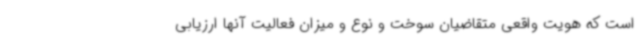
است که هویت واقعی متقاضیان سوخت و نوع و میزان فعالیت آنها ارزیابی